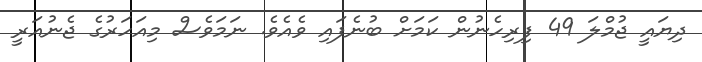
ދިޔައީ ޖުމްލަ 49 ފިރިހެނުން ކަަމަށް ބުނެފައި ވެއެވެ. ނަމަވެސް މިއަހަރުގެ ޖެނުއަރީ